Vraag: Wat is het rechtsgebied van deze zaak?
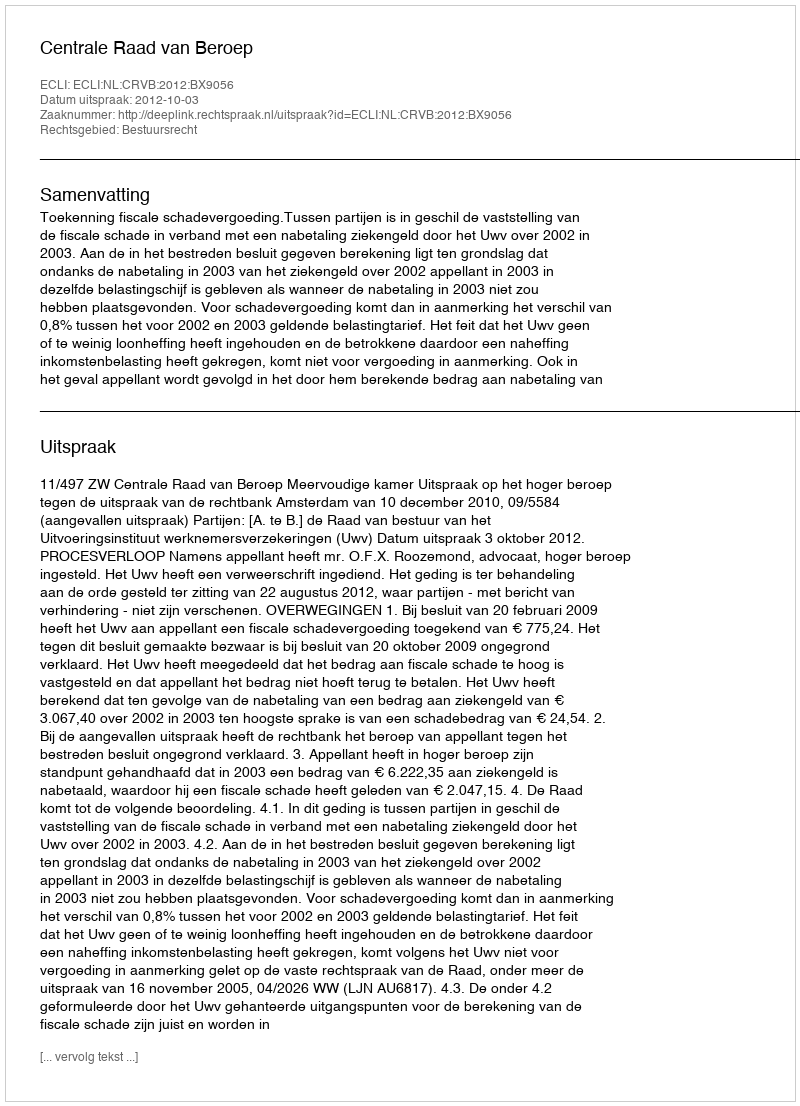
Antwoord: Bestuursrecht